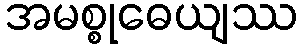
အမစ္စုဓေယျဿ